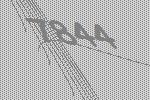
7844